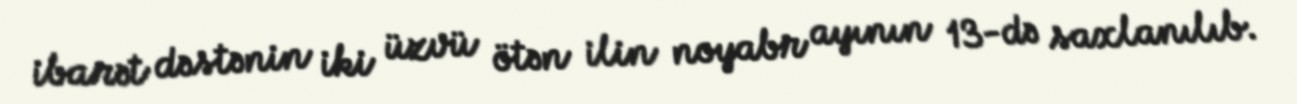
ibarət dəstənin iki üzvü ötən ilin noyabr ayının 13-də saxlanılıb.